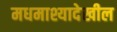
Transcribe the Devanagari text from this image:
मधमाश्यादेखील